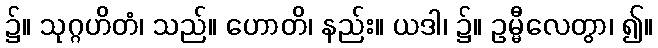
၌။ သုဂ္ဂဟိတံ၊ သည်။ ဟောတိ၊ နည်း။ ယဒါ၊ ၌။ ဥမ္မီလေတွာ၊ ၍။